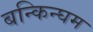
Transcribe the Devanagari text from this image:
बन्किन्घम